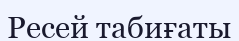
Ресей табиғаты